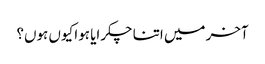
آخر میں اتنا چکرایا ہوا کیوں ہوں؟